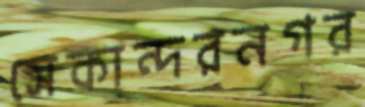
সেকান্দরনগর